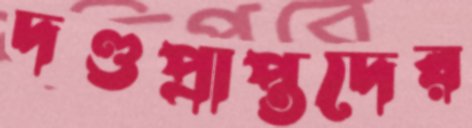
দণ্ডপ্রাপ্তদের